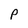
Character: p